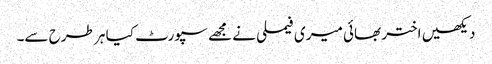
دیکھیں اختر بھائی میری فیملی نے مجھے سپورٹ کیا ہر طرح سے۔